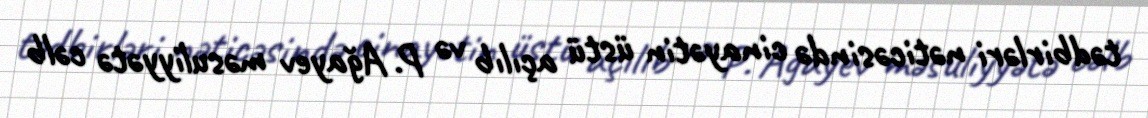
tədbirləri nəticəsində cinayətin üstü açılıb və P. Ağayev məsuliyyətə cəlb